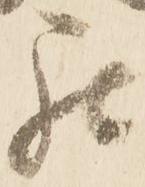
罷